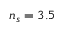
n _ { s } = 3 . 5